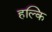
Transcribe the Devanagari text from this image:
हल्कि